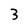
Character: 3